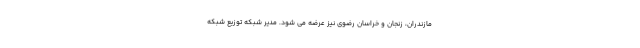
مازندران، زنجان و خراسان رضوی نیز عرضه می شود. مدیر شبکه توزیع شبکه